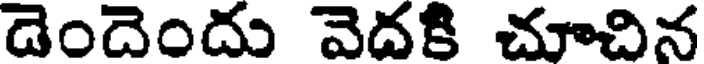
డెందెందు వెదకి చూచిన